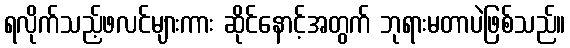
ရလိုက်သည့်ဖလင်များကား ဆိုင်နောင့်အတွက် ဘုရားမတာပဲဖြစ်သည်။